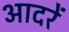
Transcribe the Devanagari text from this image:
आदरें